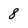
Character: 8